Bréfritari: Stefanía Siggeirsdóttir
Viðtakandi: Páll Pálsson
Dagsetning: A-1867-07-27
Skrifað á: Hraungerði  Árn.
Stefanía var bróðurdóttir Páls Pálssonar

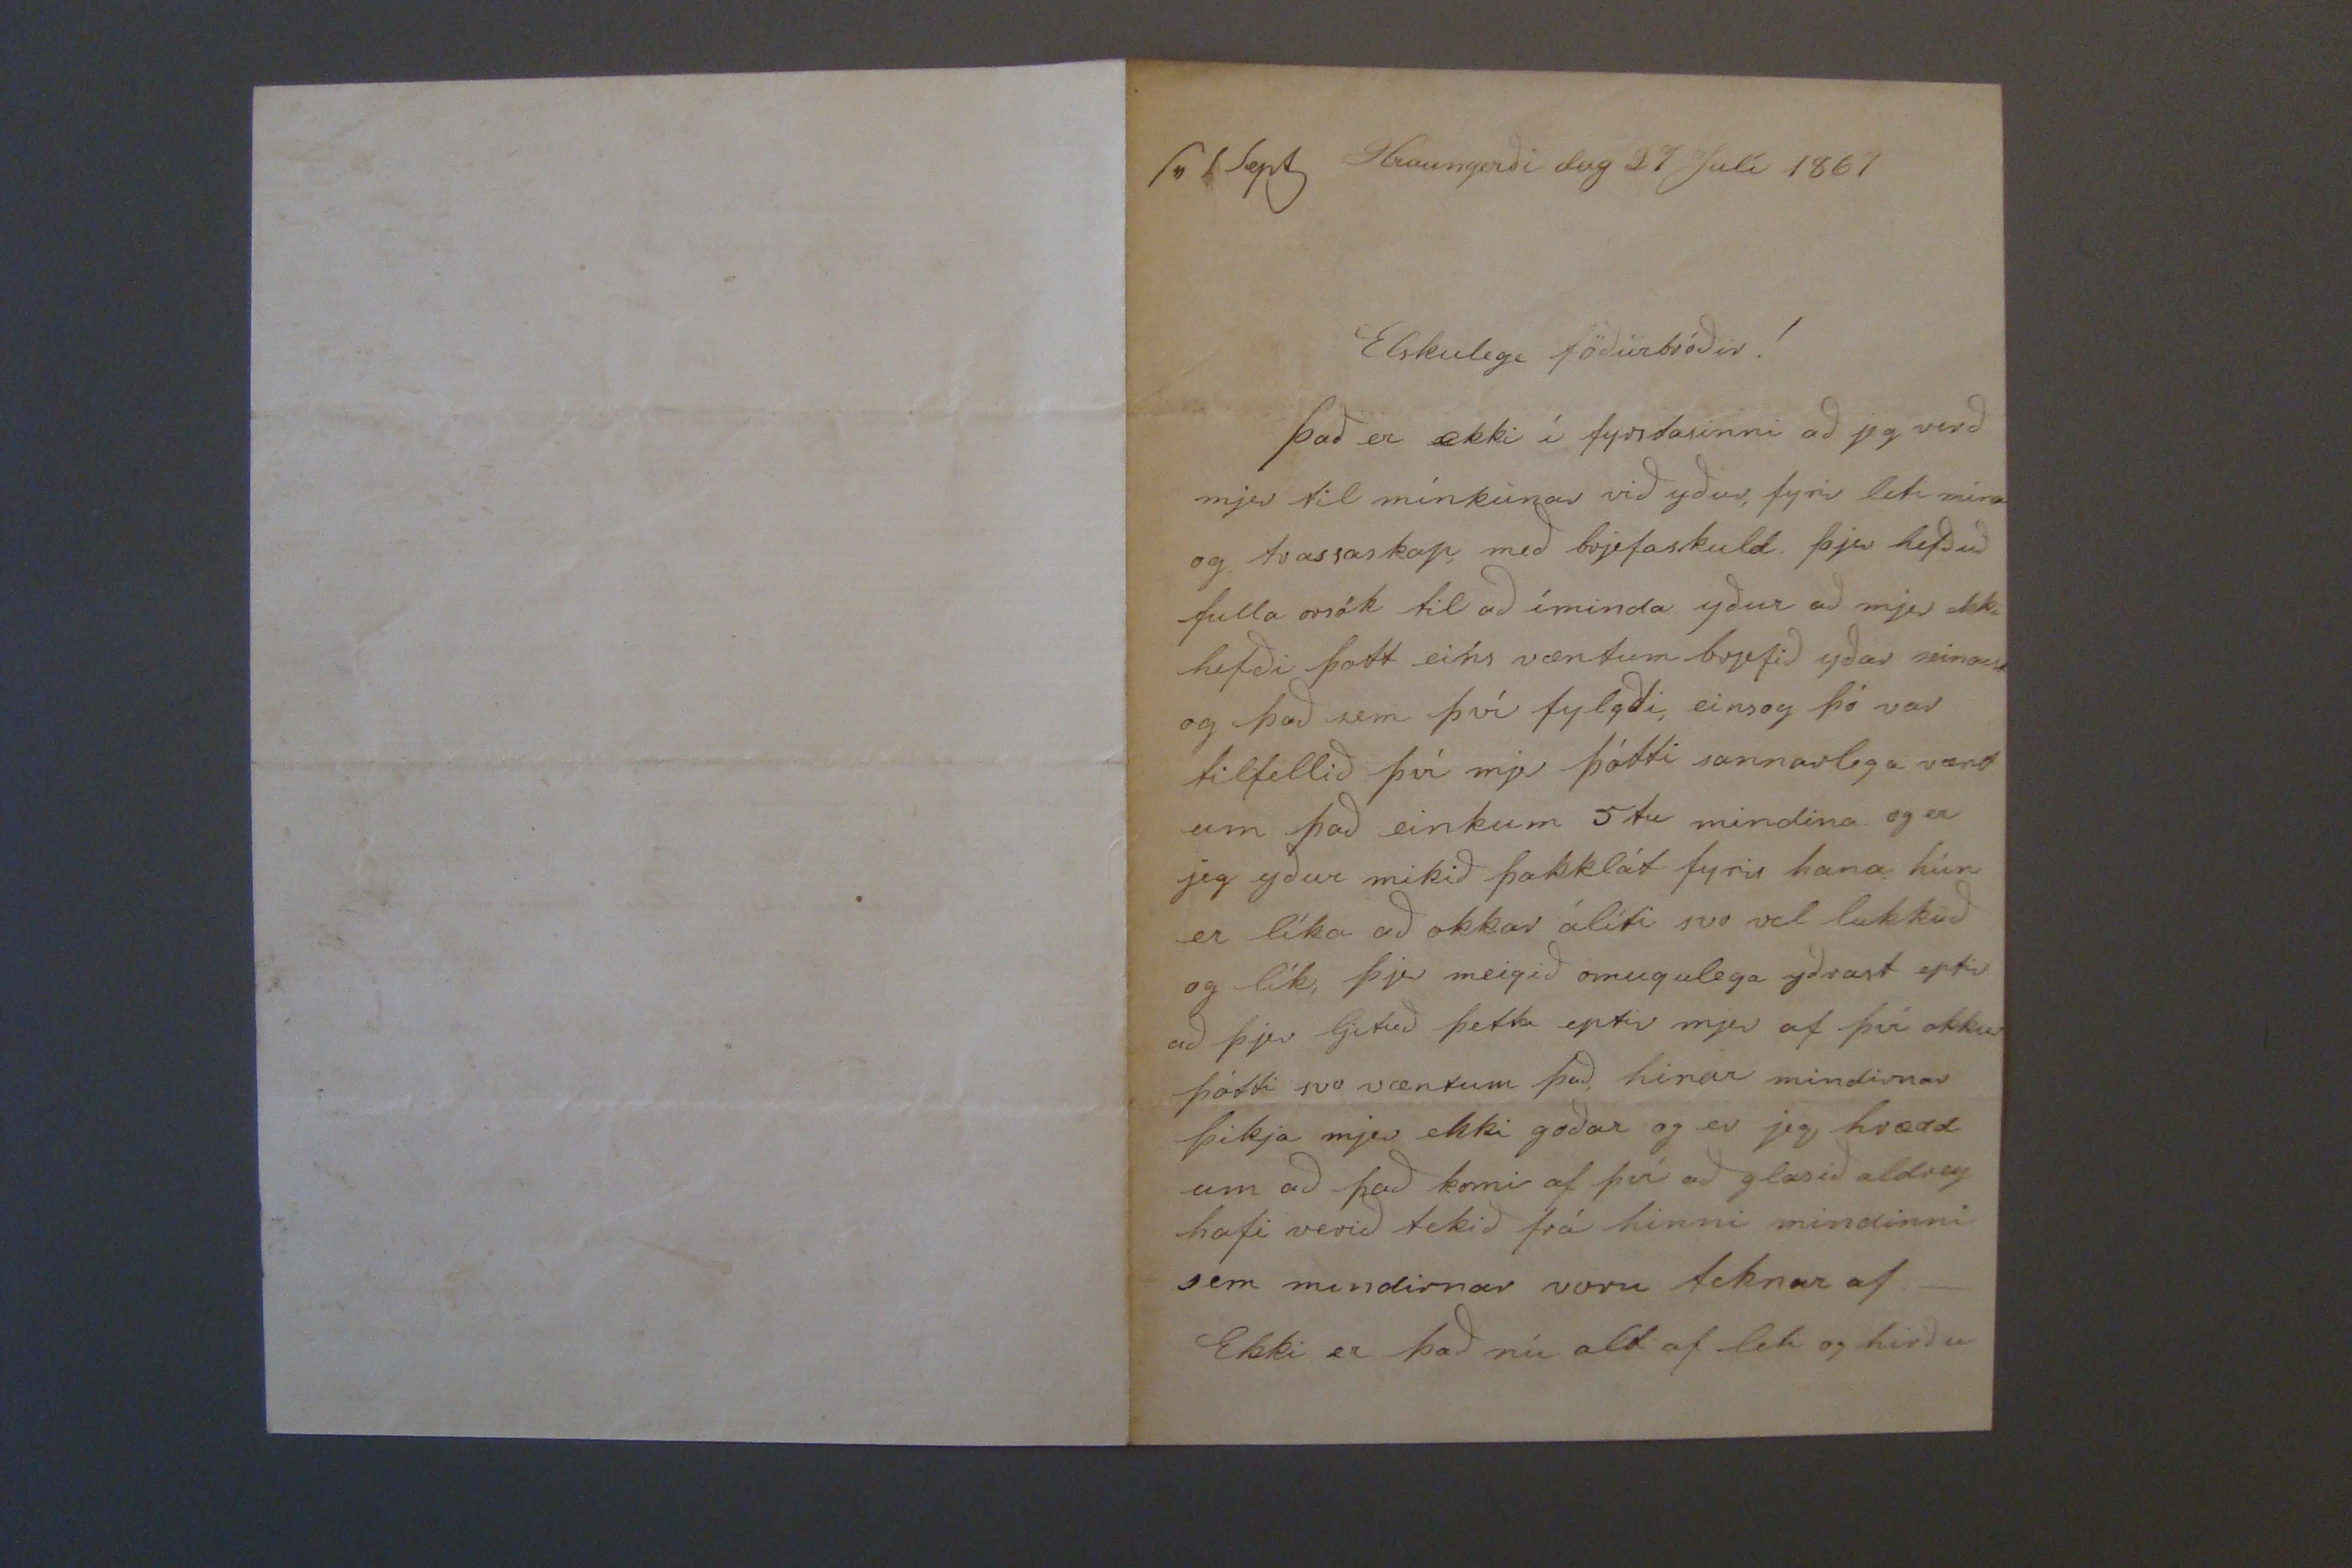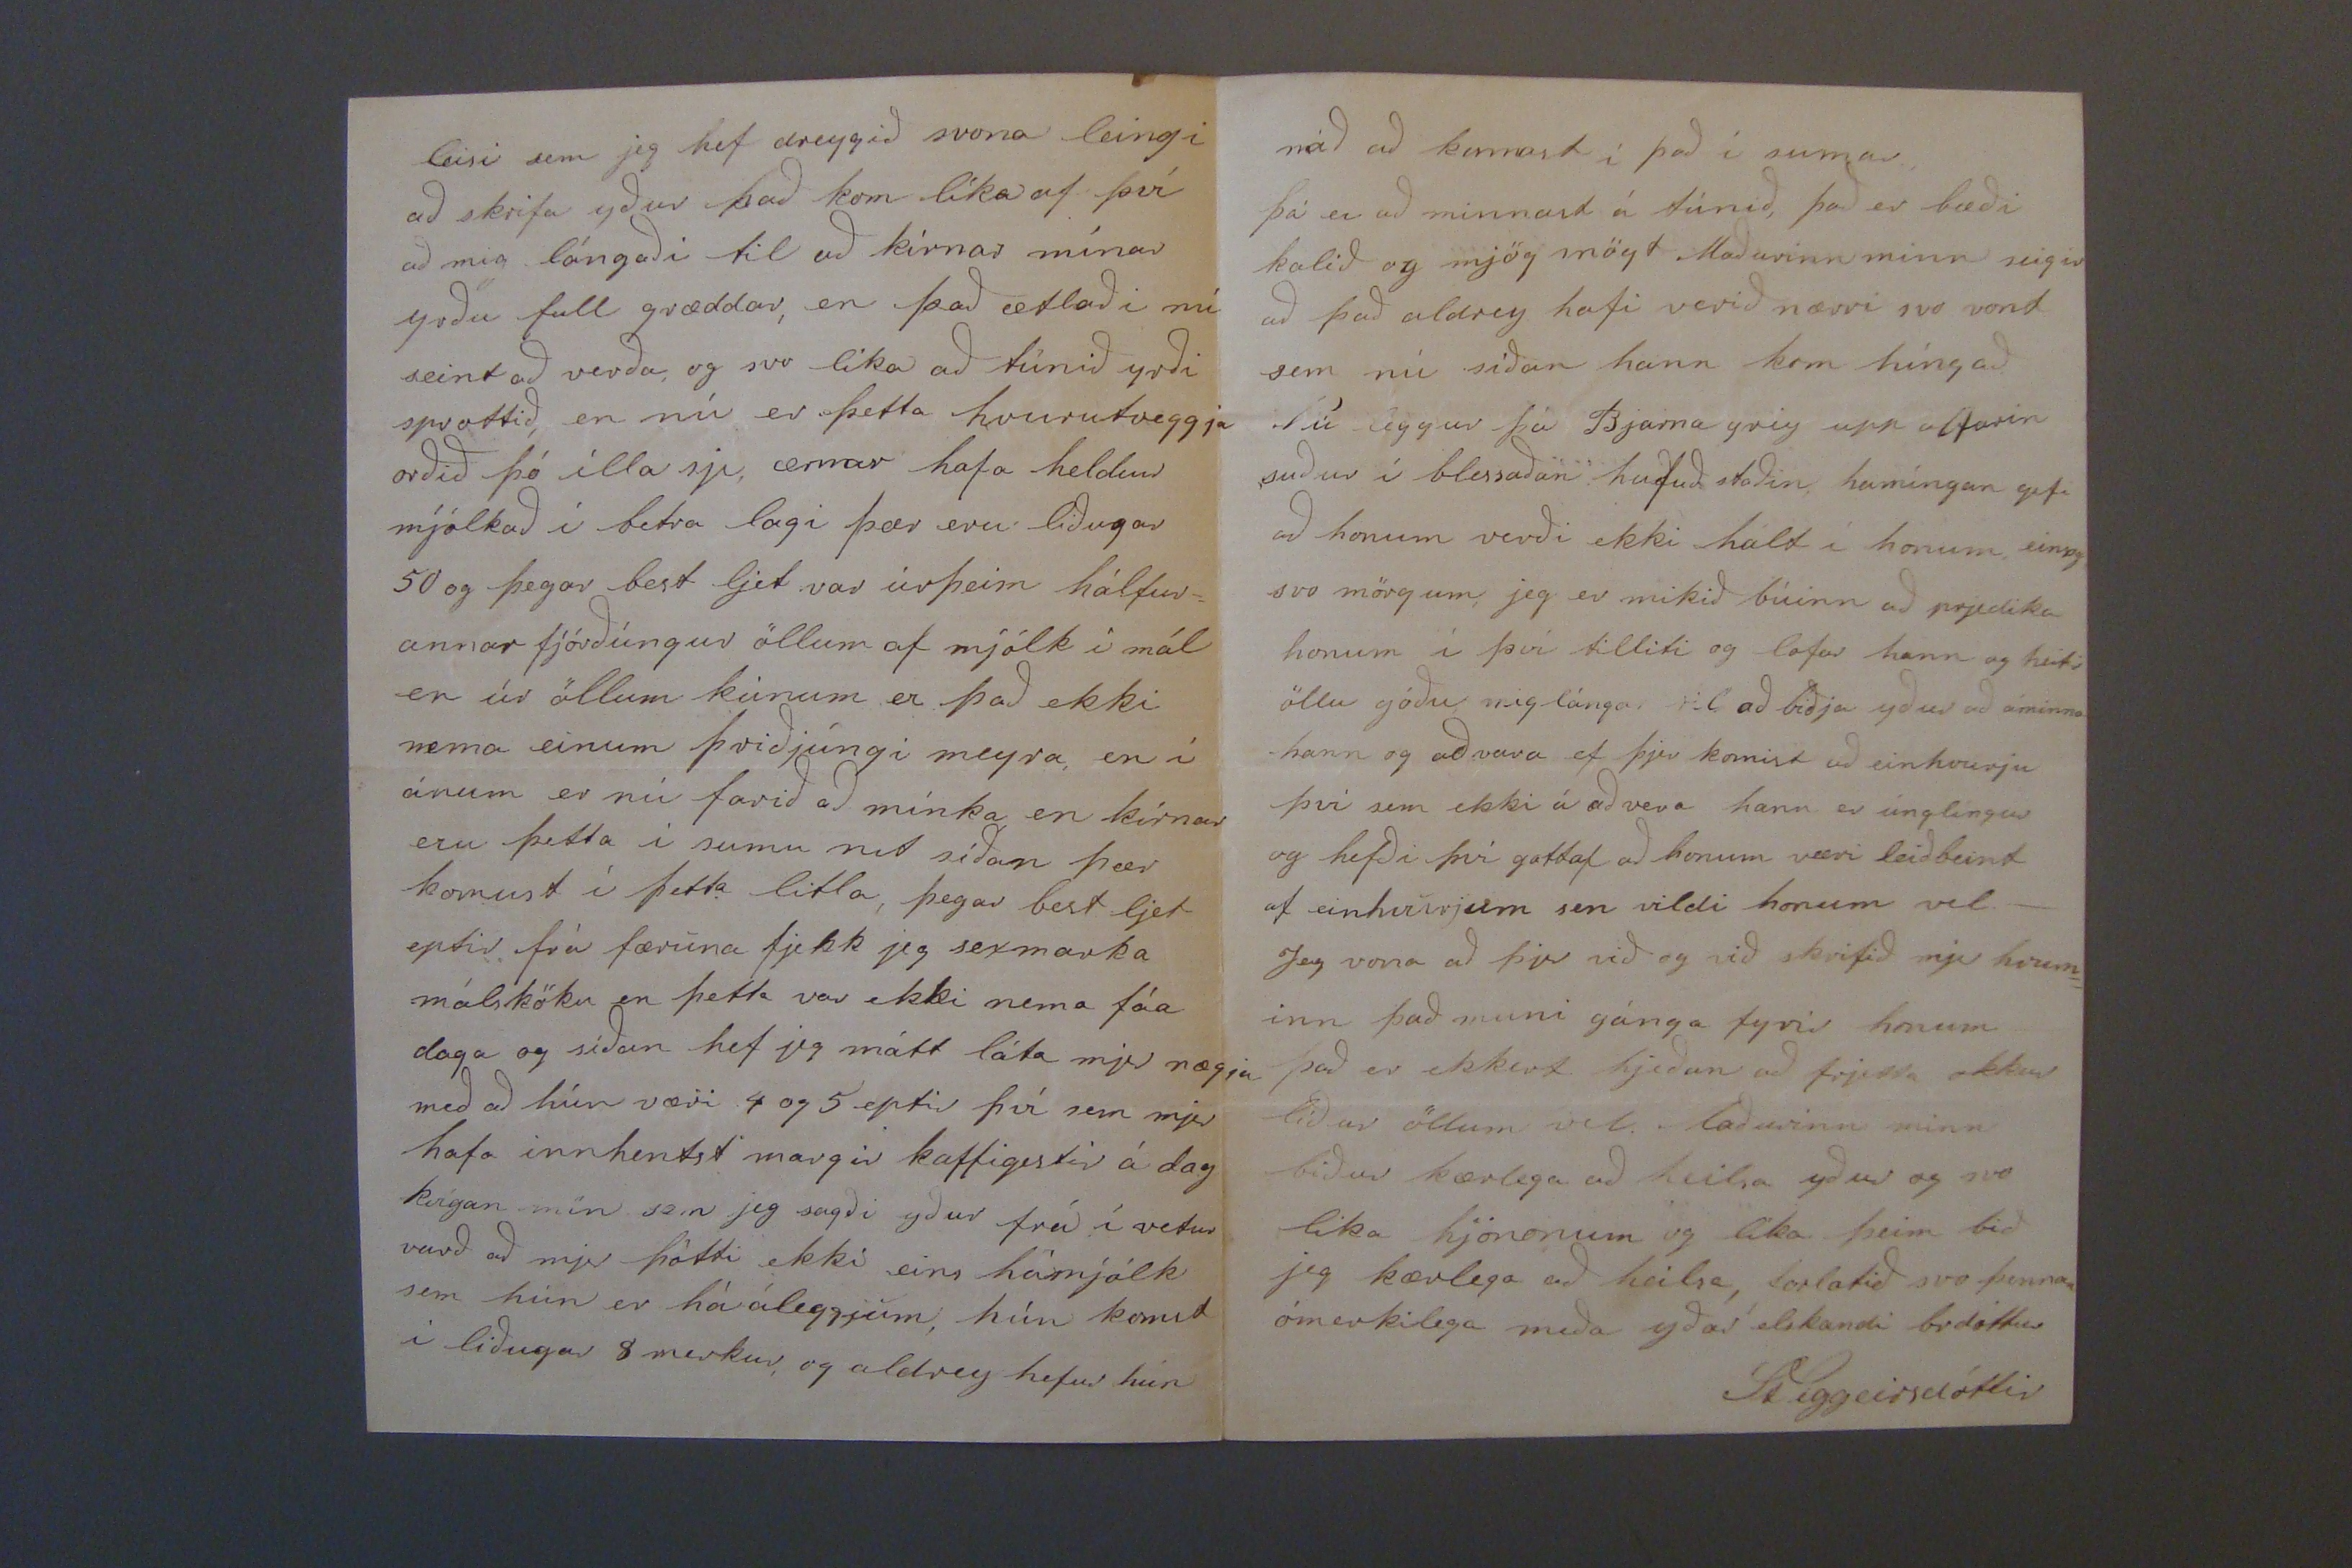

sv 1 Sept Hraungerði dag 27 Julí 1867
Elskulegi föðurbróðir!
Það er ekki í fyrstasinni að jeg verð mjer til mínkunar við yður, fyrir liti mína og trassaskap, með brjefaskuld þjer hefðuð fulla orsök til að íminda yður að mjer ekki hefði þott eins væntum brjefið yðar seinast og það sem því fylgdi, einsog þó var tilfellið því mjer þótti sannarlega vænt um það einkum 5tu mindina og er jeg yður mikið þakklát fyrir hana hún er líka að okkar álíti svo vel lukkuð og lík, þjer meigið ómugulega yðrast eptir að þjer ljetuð þetta eptir mjer af því okkur þótti svo væntum það, hinar mindirnar þikja mjer ekki goðar og er jeg hrædd um að það komi af því að glasið aldrey hafi verið tekið frá hinni mindinni sem mindirnar voru teknar af._ Ekki er það nú altaf leti og hirðu
leisi sem jeg hef dreygið svona leingi að skrifa yður það kom líka af því að mig lángaði til að kírnar mínar yrðu full græddar, en það ætlaði nú seint að verða, og svo líka að túnið yrði sprottið, en nú er þetta hvurutveggja orðið þó illa sje, ærnar hafa heldur mjólkað í betra lagi þær eru liðugar 50 og þegar best ljet var úr þeim hálfur= annar fjórðúngur öllum af mjólk í mál er úr öllum kúnum er það ekki nema einum þriðjúngi meyra, en í ánum er nú farið að mínka en kírnar eru þetta í sumu
nit
síðan þær komust í þetta litla, þegar best ljet eptir frá færuna fjekk jeg sexmarka málsköku en þetta var ekki nema fáa daga og síðan hef jeg mátt láta mjer nægja með að hún væri 4 og 5 eptir því sem mjer hafa innhentst margir kaffigestir á dag kvígan mín sem jeg sagði yður frá í vetur varð að mjer þótti ekki ein hámjólk sem hún er há áleggjum, hún komst í liðurgar 8 merkur og aldrey hefur hún
náð að komast í það í sumar þá er að minnast á túnið, það er bæði kalið og mjög mögt Maðurinn minn seigir að það aldrey hafi verið nærri svo vont sem nú síðan hann kom híngað Nú liggur þá Bjarna grey upp alfarin suður í blessaðan hufuðstaðin hamíngan gefi að honum verði ekki hált í honum, einsog svo mörgum, jeg er mikið búinn að prjedika honum í því tilliti og lofar hann og heitir öllu góðu, mig lángar til að biðja yður að áminna hann og aðvara ef þjer komist að einhvurju því sem ekki á að vera hann er únglíngur og hefði því gottaf að honum væri leiðbeint af einhvurum sem vildi honum vel._ Jeg vona að þjer við og við skrifið mjer hvurn= inn það muni gánga fyrir honum það er ekkert hjeðan að frjetta okkur líður öllum vel Maðurinn minn biður kærlega að heilsa yður og svo líka hjónonum og líka þeim bið jeg kærlega að heilsa, forlatið svo þennan ómerkilega miða yðar elskandi brdóttur
St Siggeirsdóttir